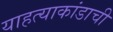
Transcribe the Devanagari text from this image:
याहत्याकांडाची